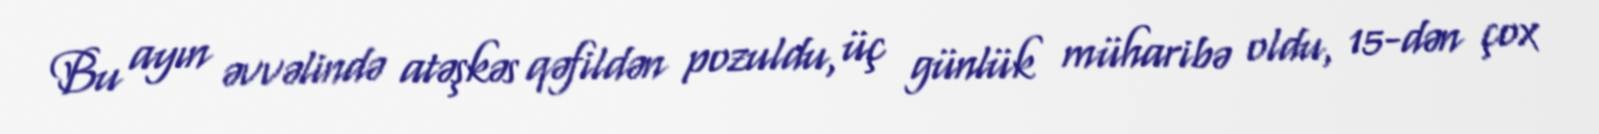
Bu ayın əvvəlində atəşkəs qəfildən pozuldu, üç günlük müharibə oldu, 15-dən çox